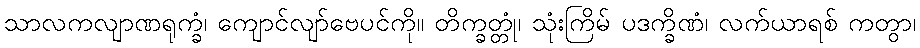
သာလကလျာဏရုက္ခံ၊ ကျောင်လျာ်ဗေပင်ကို။ တိက္ခတ္တုံ၊ သုံးကြိမ် ပဒက္ခိဏံ၊ လက်ယာရစ် ကတွာ၊